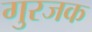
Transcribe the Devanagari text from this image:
गुरजक